Medical and sanitary report of the native army of Bengal for the year
Year: 1877
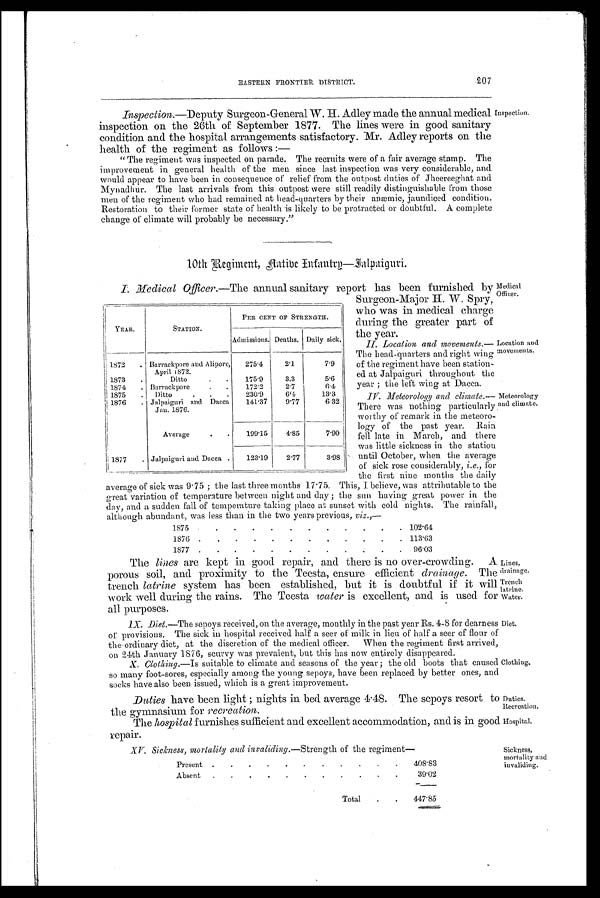
EASTERN FRONTIER DISTRICT.
207
Inspection.—Deputy Surgeon-General W. H. Adley made the annual medical
inspection on the 26th of September 1877. The lines were in good sanitary
condition and the hospital arrangements satisfactory. Mr. Adley reports on the
health of the regiment as follows :—
" The regiment was inspected on parade. The recruits were of a fair average stamp. The
improvement in general health of the men since last inspection was very considerable, and
would appear to have been in consequence of relief from the outpost duties of Jheereeghat and
Mynadhur. The last arrivals from this outpost were still readily distinguishable from those
men of the regiment who had remained at head-quarters by their anæmic, jaundiced condition.
Restoration to their former state of health is likely to be protracted or doubtful. A complete
change of climate will probably be necessary."
Inspection.
10th Regiment, Aatibe Infantry—Jalpaiguri.
I. Medical Officer.—The annual sanitary report has been furnished by
Surgeon-Major H. W. Spry,
who was in medical charge
during the greater part of
the year.
II. Location and movements.—
The head-quarters and right wing
of the regiment have been station-
ed at Jalpaiguri throughout the
year; the left wing at Dacca.
IV. Meteorology and climate.—
There was nothing particularly
worthy of remark in the meteoro-
logy of the past year. Rain
fell late in March, and there
was little sickness in the station
until October, when the average
of sick rose considerably, i.e., for
the first nine months the daily
average of sick was 9.75 ; the last three months 17.75. This, I believe, was attributable to the
great variation of temperature between night and day ; the sun having great power in the
day, and a sudden fall of temperature taking place at sunset with cold nights. The rainfall,
although abundant, was less than in the two years previous, viz.,—
1875
.
.
.
.
.
.
.
.
.
.
. 102.64
1876 .
.
.
.
.
.
.
.
.
.
.
. 113.63
1877 .
.
.
.
.
.
.
. .
.
. . .
.
96.03
YEAR.
STATION.
PEN CENT OF STRENGTH.
Admissions. Deaths. Daily sick.
1872
. Barrackpore and Alipore,
A p r i l 1 8 7 2 .
275.4
2.1
7.9
1873
.
Ditto
.
.
175.9
3.3
5.6
1874
. Barrack pore
.
.
172.2
2.7
6.4
1875
.
Ditto
.
.
.
230.9
6.4
13.3
1876
. Jalpaiguri and Dacca
Jan. 1876.
141.37
9.77
6.32
Average
.
.
199.15
4.85
7.90
1877
. Jalpaiguri and Dacca .
123.19
2.77
3.98
Medical
Officer.
Location and
movements.
Meteorology
and climate.
The lines are kept in good repair, and there is no over-crowding. A
porous soil, and proximity to the Teesta, ensure efficient drainage. The
trench latrine system has been established, but it is doubtful if it will
work well during the rains. The Teesta water is excellent, and is used for
all purposes.
IX. Diet.—The sepoys received, on the average, monthly in the past year Rs. 4-8 for dearness
or provisions. The sick in hospital received half a seer of milk in lieu of half a seer of flour of
the ordinary diet, at the discretion of the medical officer. When the regiment first arrived,
on 24th January 1876, scurvy was prevalent, but this has now entirely disappeared.
X. Clothing.—Is suitable to climate and seasons of the year ; the old boots that caused
so many foot-sores, especially among the young sepoys, have been replaced by better ones, and
socks have also been issued, which is a great improvement.
Duties have been light; nights in bed average 4.48. The sepoys resort to
the gymnasium for recreation.
The hospital furnishes sufficient and excellent accommodation, and is in good
repair.
XV. Sickness, mortality and invaliding.—Strength of the regiment—
Present .
.
.
.
.
.
.
.
.
.
.
408.83
Absent
.
.
.
.
.
.
.
.
.
.
.
39.02
Total
.
.
447.85
Lines,
drainage.
Trench
latrine.
Water.
Diet.
Clothing.
Duties.
Recreation.
Hospital.
Sickness,
mortality and
invaliding.